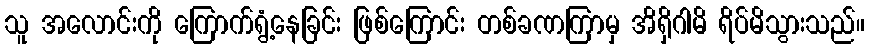
သူ အလောင်းကို ကြောက်ရွံ့နေခြင်း ဖြစ်ကြောင်း တစ်ခဏကြာမှ အိရှိဂါမိ ရိပ်မိသွားသည်။